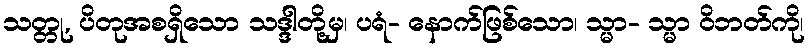
သတ္တု, ပိတုအစရှိသော သဒ္ဒါတို့မှ၊ ပရံ- နောက်ဖြစ်သော၊ သ္မာ- သ္မာ ဝိဘတ်ကို၊